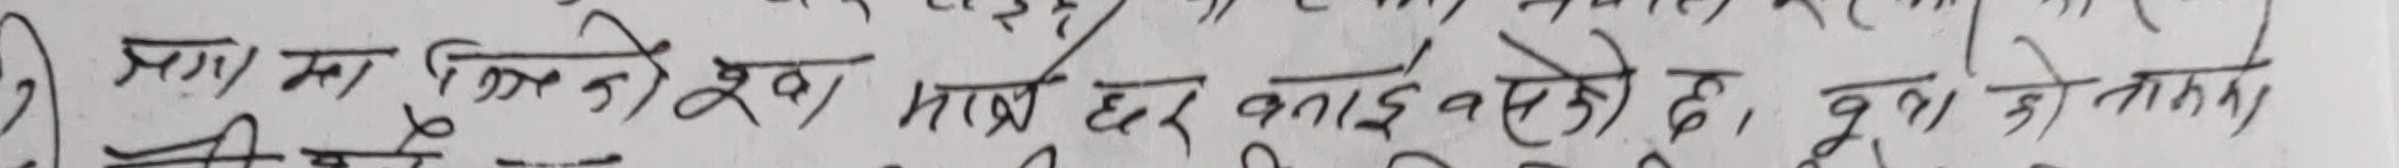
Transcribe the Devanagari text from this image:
१ माछा माछाको दूध माछा हर बनाई सकेको छ , दूध को तातो।